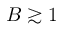
B \gtrsim 1